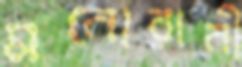
মনোরানী